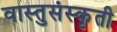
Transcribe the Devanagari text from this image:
वास्तुसंस्कृती